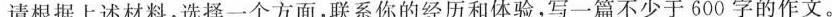
请根据上述材料，选择一个方面，联系你的经历和体验，写一篇不少于600字的作文。